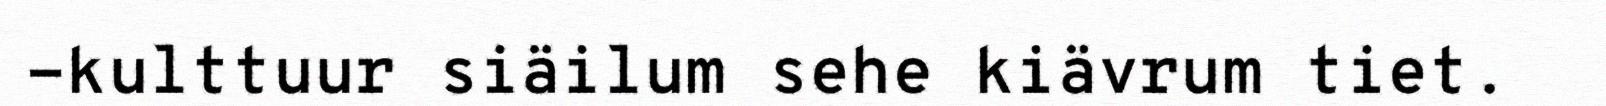
-kulttuur siäilum sehe kiävrum tiet.